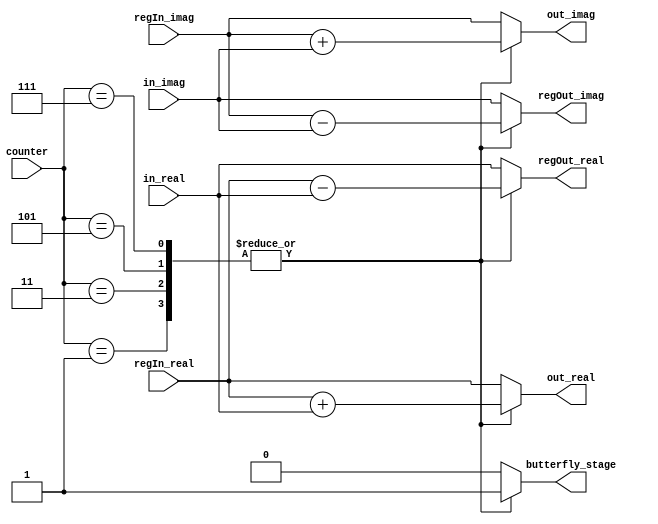
`timescale 1ns / 1ps
//////////////////////////////////////////////////////////////////////////////////
// Company: 
// Engineer: 
// 
// Design Name: 
// Module Name: s5_fsm_butterfly
// Project Name: 
// Target Devices: 
// Tool Versions: 
// Description: 
// 
// Dependencies: 
// 
// Revision:
// Revision 0.01 - File Created
// Additional Comments:
// 
//////////////////////////////////////////////////////////////////////////////////


module s5_fsm_butterfly(
                         counter,
                         in_real,
                         in_imag,
                         regIn_real,
                         regIn_imag,
                         regOut_real,
                         regOut_imag,
                         out_real,
                         out_imag,
                         butterfly_stage
                         );
    input signed [4:0] counter;                      
    input signed [15:0] in_real;  // 16 bits input of S5
    input signed [15:0] in_imag;
    input signed [15:0] regIn_real;
    input signed [15:0] regIn_imag;
    output signed [15:0] regOut_real;
    output signed [15:0] regOut_imag;
    output signed [15:0] out_real;// 16 bits output
    output signed [15:0] out_imag;
    output butterfly_stage;

    reg signed [15:0] reg_temp_real;
    reg signed [15:0] reg_temp_imag;
    reg signed [15:0] out_temp_real;
    reg signed [15:0] out_temp_imag;
    reg out_mode;
    
    always@(*) begin
        // mode: 1 or 0
        // 1: Butterfly, 0: bypass operation
        case(counter)
            5'd0:begin
                out_mode = 0;
                reg_temp_real = in_real;
                reg_temp_imag = in_imag;
                out_temp_real = regIn_real;
                out_temp_imag = regIn_imag;
            end
            5'd1:begin
                out_mode = 1;
                reg_temp_real = regIn_real - in_real;
                reg_temp_imag = regIn_imag - in_imag;
                out_temp_real = regIn_real + in_real;
                out_temp_imag = regIn_imag + in_imag;
            end
            5'd2:begin
                out_mode = 0;
                reg_temp_real = in_real;
                reg_temp_imag = in_imag;
                out_temp_real = regIn_real;
                out_temp_imag = regIn_imag;
            end
            5'd3:begin
                out_mode = 1;
                reg_temp_real = regIn_real - in_real;
                reg_temp_imag = regIn_imag - in_imag;
                out_temp_real = regIn_real + in_real;
                out_temp_imag = regIn_imag + in_imag;
            end
            5'd4:begin
                out_mode = 0;
                reg_temp_real = in_real;
                reg_temp_imag = in_imag;
                out_temp_real = regIn_real;
                out_temp_imag = regIn_imag;
            end
            5'd5:begin
                out_mode = 1;
                reg_temp_real = regIn_real - in_real;
                reg_temp_imag = regIn_imag - in_imag;
                out_temp_real = regIn_real + in_real;
                out_temp_imag = regIn_imag + in_imag;
            end
            5'd6:begin
                out_mode = 0;
                reg_temp_real = in_real;
                reg_temp_imag = in_imag;
                out_temp_real = regIn_real;
                out_temp_imag = regIn_imag;
            end
            5'd7:begin
                out_mode = 1;
                reg_temp_real = regIn_real - in_real;
                reg_temp_imag = regIn_imag - in_imag;
                out_temp_real = regIn_real + in_real;
                out_temp_imag = regIn_imag + in_imag;
            end
            default:begin
                out_mode = 0;
                reg_temp_real = in_real;
                reg_temp_imag = in_imag;
                out_temp_real = regIn_real;
                out_temp_imag = regIn_imag;
            end
        endcase
    end

    assign    butterfly_stage = out_mode;
    assign    out_real = out_temp_real;
    assign    out_imag = out_temp_imag;
    assign    regOut_real = reg_temp_real;
    assign    regOut_imag = reg_temp_imag;
    
endmodule